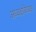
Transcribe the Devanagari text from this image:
अध्यक्षबिध्यक्ष